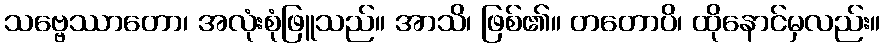
သဗ္ဗေဿာတော၊ အလုံးစုံဖြူသည်။ အာသိ၊ ဖြစ်၏။ တတောပိ၊ ထိုနောင်မှလည်း။